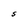
Character: S